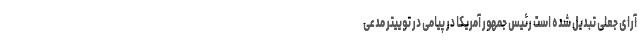
آرای جعلی تبدیل شده است رئیس جمهور آمریکا در پیامی در توییتر مدعی